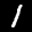
Label: 1